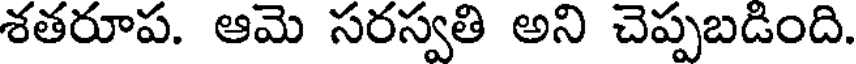
శతరూప. ఆమె సరస్వతి అని చెప్పబడింది.